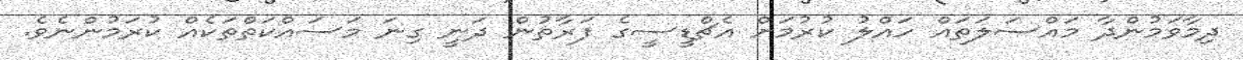
ދިމާވަމުންދާ މައްސަލަތައް ހައްލު ކުރުމަށް އެޗްޑީސީގެ ފަރާތުން ދަނީ ގިނަ މަސައްކަތްތަކެއް ކުރަމުންނެވެ.